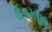
ઉગમણા